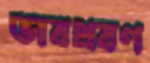
ভাবপ্রবণ